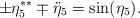
LaTeX: \begin{align*}\pm \eta_{5}^{\ast \ast } \mp \ddot{\eta}_{5}=\sin (\eta_{5}).\end{align*}